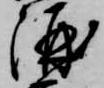
酒